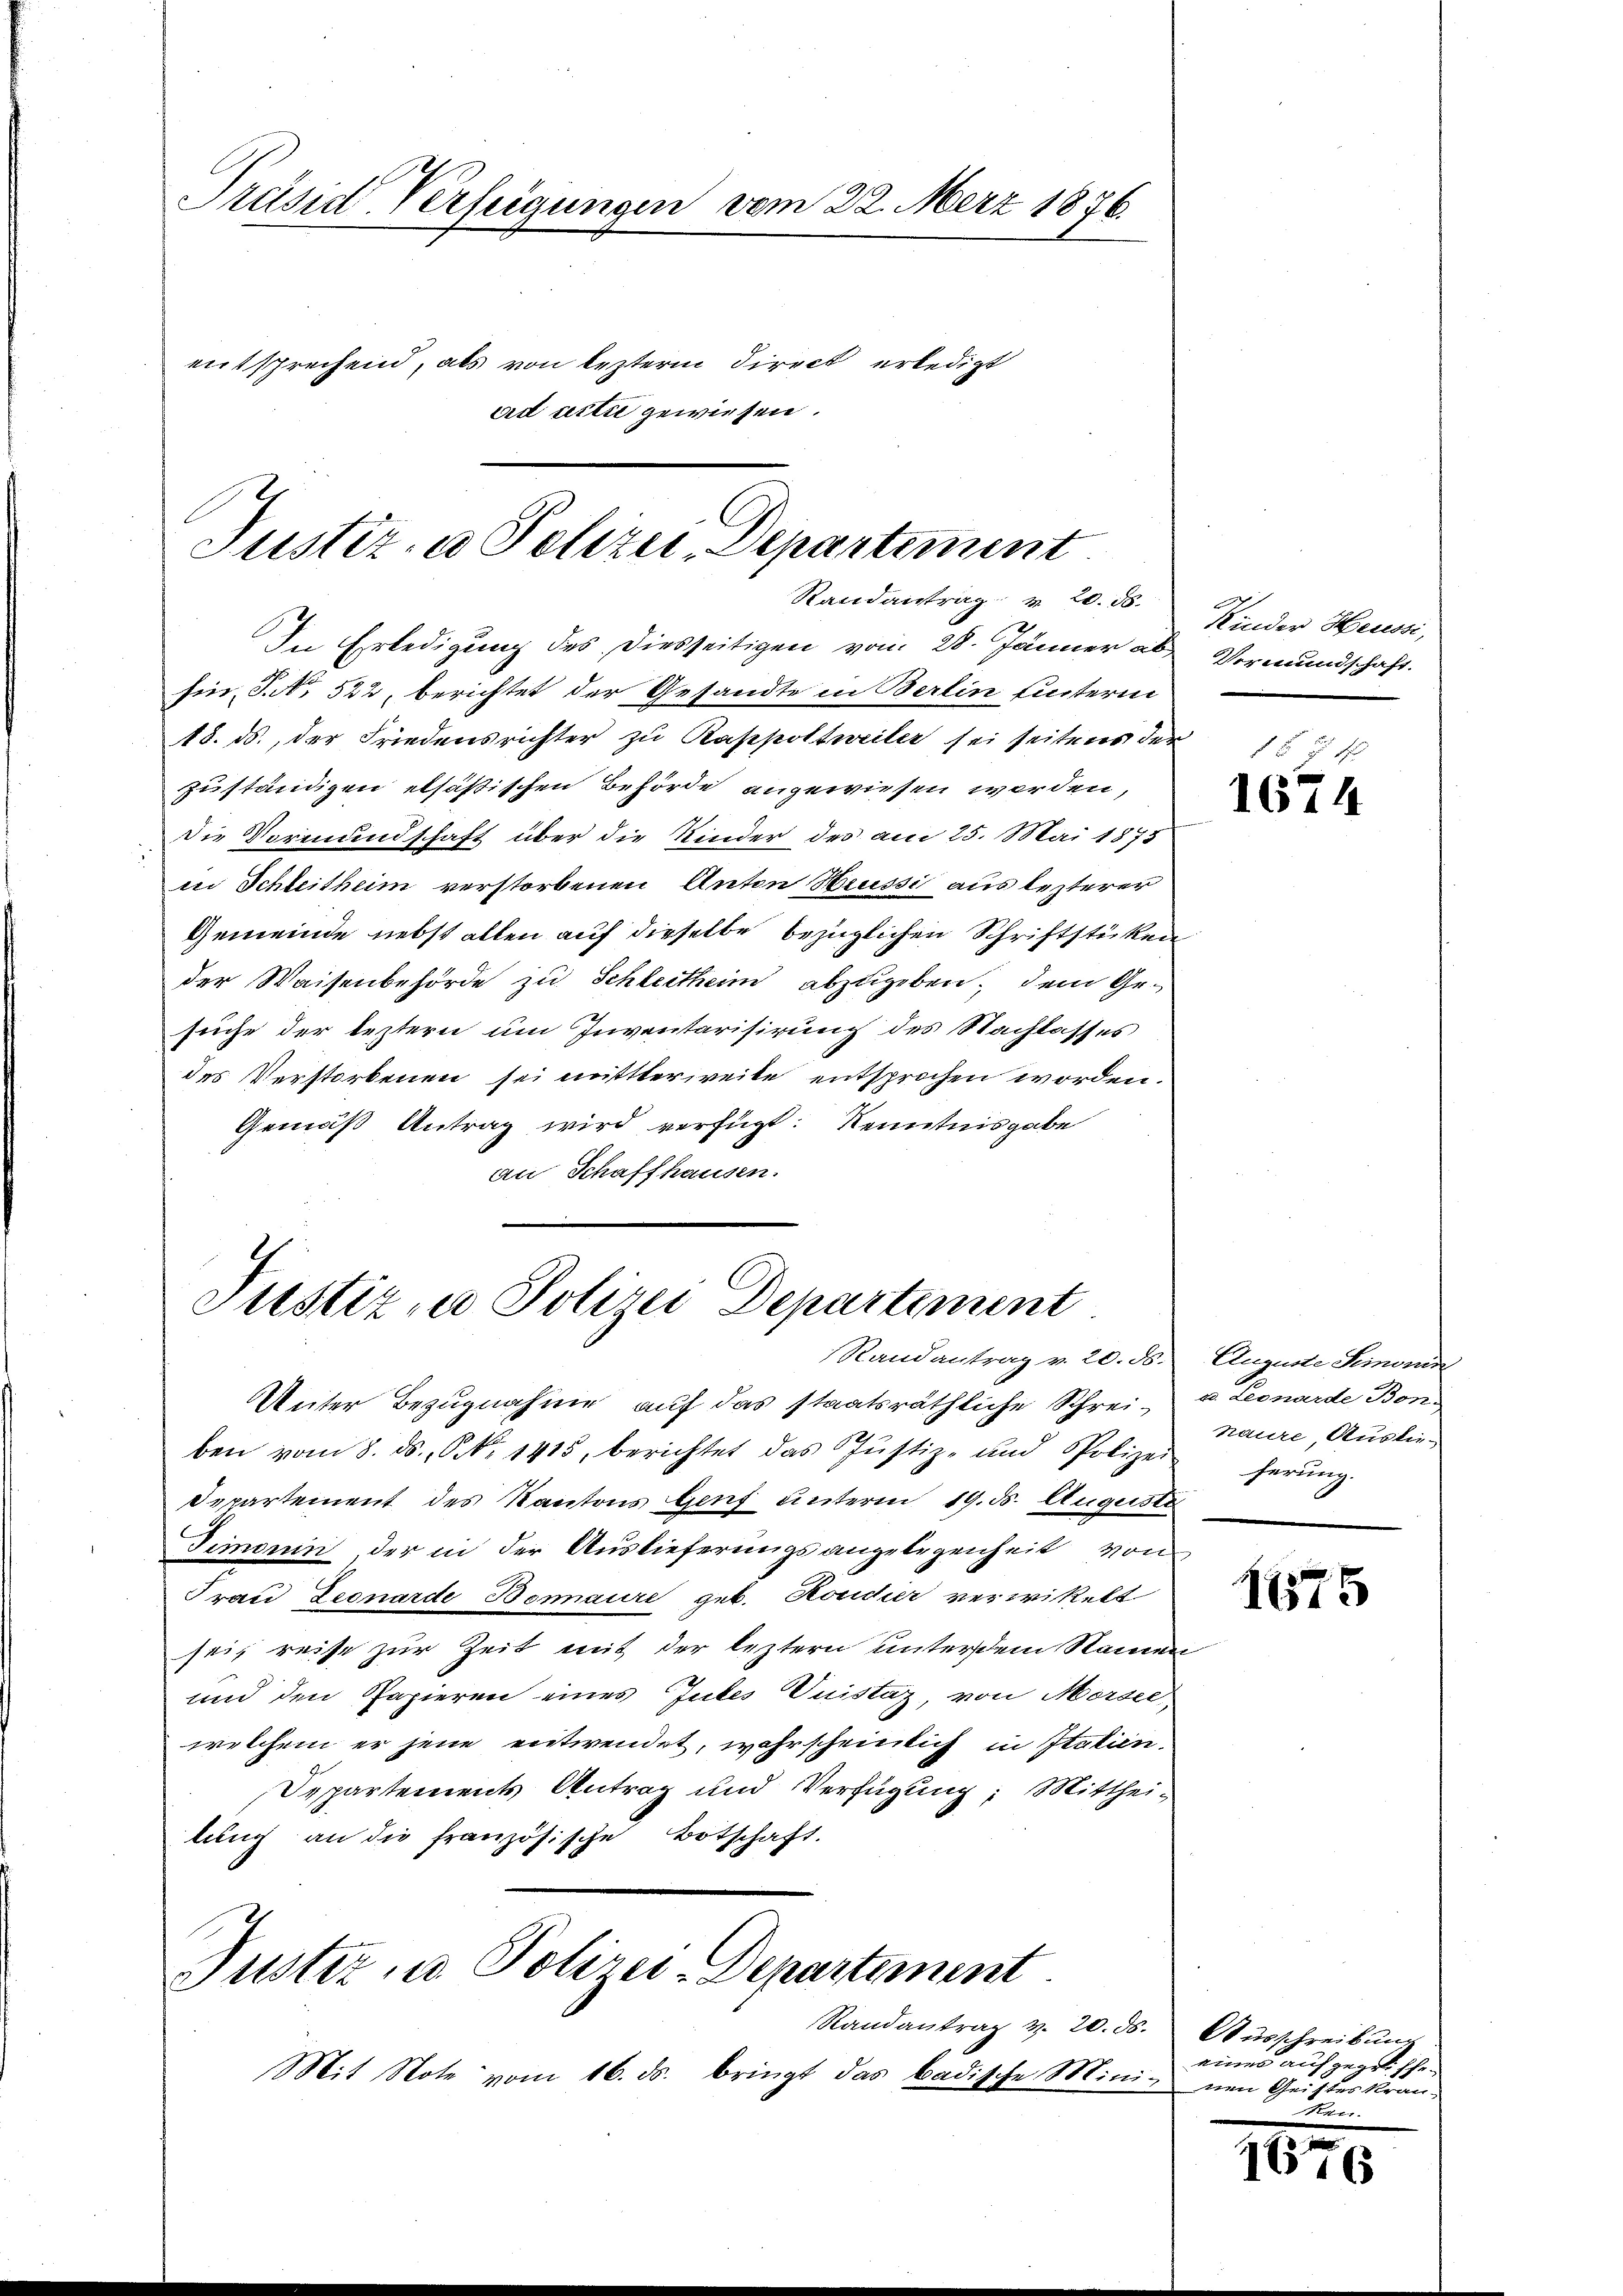
Präsid-Verfügungen vom 22. Merz 1876.

entsprechend, als von lezterm Direct erledigt
ad citie gewiesen.

Justiz- & Polizei, Departement
Randantrag v. 20. ds. Kinder Heussi,

In Erledigung des Diesseitigen vom 28. Jänner ab Vormundschaft.
sin, S. 522, berichtet der Gesandte in Berlin hinterin
18. ds., der Friedensrichter zu Rappoltweiler sei seitens der
zuständigen elsastischen Behörde angewiesen werden,
Die Vormundschaft über die Kinder der am 25. Mai 1875
in Schleitheim verstorbenen Anton Heussi aus lezterer
Gemeinde nebst allen auf dieselbe bezüglichen Schriftstücken
der Waisenbehörde zu Schleitheim abzugeben, dem Gesuche der leztern um Inventarisirung des Nachlasses
des Verstorbenen sei mittlerweite entsprochen worden.
Gemäß Antrag wird verfügt: Kenntnisgabe
an Schaffhausen.

Justiz in Polizei Departement
Randantrag v. 20. d. Auguste Semorin

Unter Bezugnahme auf das staatsräthliche Schrei- u. Leonarde Bonben vom 8. ds. S. 1415, berichtet das Jŭstiz- und Polizei herŭng
Departement des Kantons Genf unterm 19. d. Auguste
Timorin der in der Auslieferungsangelegenheit von
Frau Leonarde Bomaure geb. Kondier verwikelt
sei, reise zur Zeit mit der leztern unterdem Namen-
und den Papieren eines Gutes Vuistaz, von Mörsel
welchem er jene entwendet, wahrscheinlich in Italien.
Departements Antrag und Verfügung: Mittheilŭng an die französische Botschaft.
Puster in Polizei-Departement
Randantrag v. 20. ds.
Mit Note vom 16. ds. bringt das badische Minis nen Geisteskran-

1 x 54
1674

naure, Auslie-

1675

Ausschreibung
eines aufgegriffe.
Kner.

1670